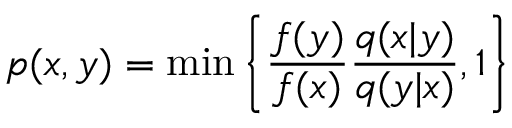
p ( x , y ) = \mathrm { m i n } \left\{ \frac { f ( y ) } { f ( x ) } \frac { q ( x | y ) } { q ( y | x ) } , 1 \right\}